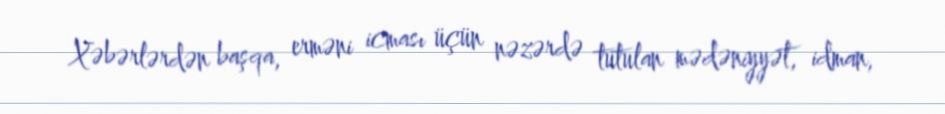
Xəbərlərdən başqa, erməni icması üçün nəzərdə tutulan mədəniyyət, idman,